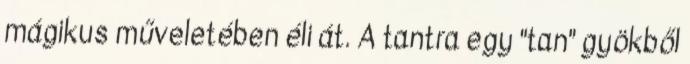
mágikus műveletében éli át. A tantra egy "tan" gyökből